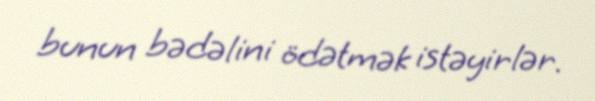
bunun bədəlini ödətmək istəyirlər.